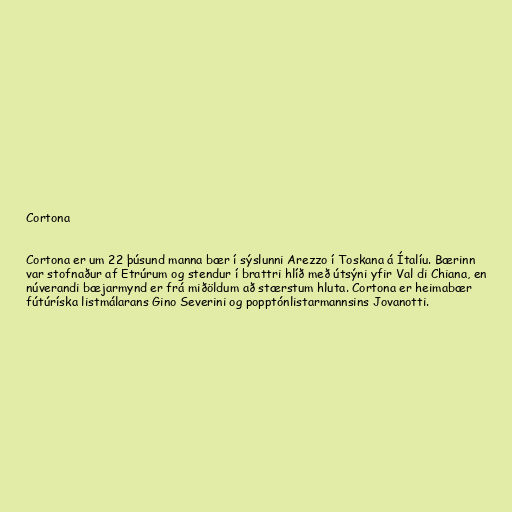
Cortona

Cortona er um 22 þúsund manna bær í sýslunni Arezzo í Toskana á Ítalíu. Bærinn
var stofnaður af Etrúrum og stendur í brattri hlíð með útsýni yfir Val di Chiana, en
núverandi bæjarmynd er frá miðöldum að stærstum hluta. Cortona er heimabær
fútúríska listmálarans Gino Severini og popptónlistarmannsins Jovanotti.